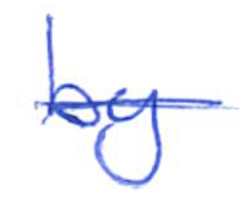
Text: by
Cross-out: mix
Writing tool: ballpoint